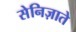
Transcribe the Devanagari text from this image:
सेनिज़ाते